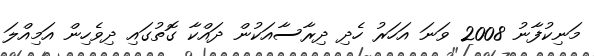
މަނިކުފާނު 2008 ވަނަ އަހަރު ހެދި ދިރާސާއަކުން ދައްކާ ގޮތުގައި ދިވެހިން އަމިއްލަ